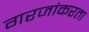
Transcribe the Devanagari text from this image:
गरजांकरता